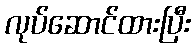
လုပ်ဆောင်ထားပြီး